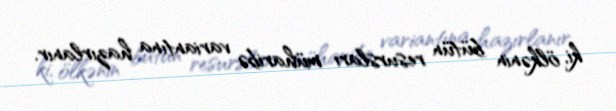
ki, ölkənin bütün resursları müharibə variantına hazırlanır.